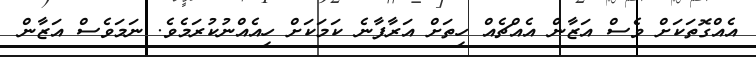
އެއްގޮތަކަށް ވެސް އަޒާން އެއްޗެއް ހިތަށް އަރާފާނެ ކަމަކަށް ހިއެއްނުކުރަމެވެ. ނަމަވެސް އަޒާން